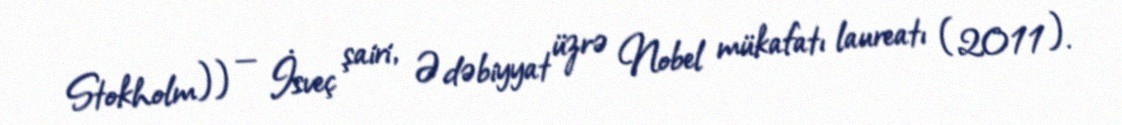
Stokholm)) — İsveç şairi, Ədəbiyyat üzrə Nobel mükafatı laureatı (2011).